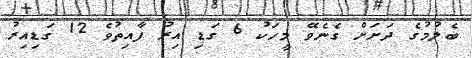
ބެލުމުގެ ދަށަށް ގެނެވޭ މީހަކު 6 ގަޑި އިރު ފާއިތުވެ 12 ގަޑިއިރު